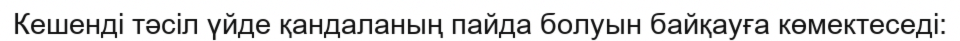
Кешенді тәсіл үйде қандаланың пайда болуын байқауға көмектеседі: